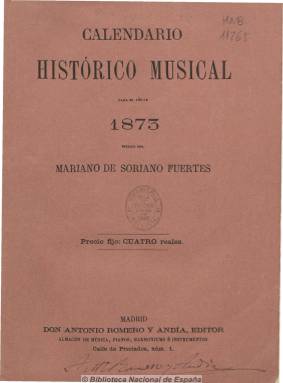
Título: Calendario histórico musical
Colección: Música
Ámbito geográfico: Madrid
Lugar de publicación: Madrid
Fechas: 01/01/1873-31/12/1873

Es considerado como continuador de los calendarios que Mariano Soriano Fuertes (1817-1880) publicó también para los años 1859 y 1860. Este para 1873 es editado por Antonio Romero y Andía. En sus 120 páginas da cabida a un calendario con santoral y efemérides musicales, así como artículos de historia y actualidad musical y sobre sociedades, conservatorios, teatros y la Escuela Nacional de Música. También contiene estadísticas musicales e incluye partituras en páginas numeradas aparte.